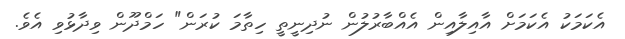
އެކަމަކު އެކަމަށް އާއިލާއިން އެއްބާރުލުން ނުދިނީތީ ހިތާމަ ކުރަން" ހަމްދޫން ވިދާޅުވި އެވެ.